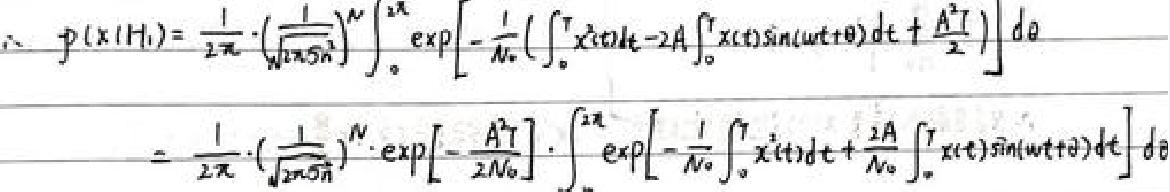
\begin{align*}
\(p(x|H_1)&=\frac{1}{2\pi}\cdot\left(\frac{1}{\sqrt{2\pi N_0}}\right)^N\int_{0}^{2\pi}\exp\left[-\frac{1}{N_0}\left(\int_{0}^{T}x^2(t)dt - 2A\int_{0}^{T}x(t)\sin(\omega t+\theta)dt+\frac{A^2T}{2}\right)\right]d\theta\)\\
\(&=\frac{1}{2\pi}\cdot\left(\frac{1}{\sqrt{2\pi N_0}}\right)^N\cdot\exp\left[-\frac{A^2T}{2N_0}\right]\cdot\int_{0}^{2\pi}\exp\left[-\frac{1}{N_0}\int_{0}^{T}x^2(t)dt+\frac{2A}{N_0}\int_{0}^{T}x(t)\sin(\omega t+\theta)dt\right]d\theta\)\\
\end{align*}